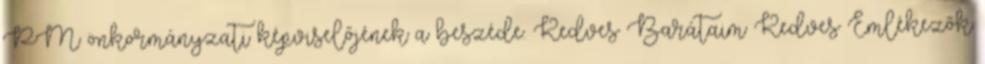
PM önkormányzati képviselőjének a beszéde. Kedves Barátaim Kedves Emlékezők